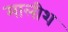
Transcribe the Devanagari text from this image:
मालीश